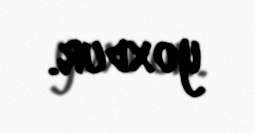
yoxdur.